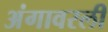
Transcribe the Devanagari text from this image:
अंगावरली